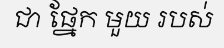
ជា ផ្នែក មួយ របស់